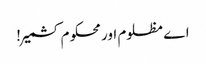
اے مظلوم اور محکوم کشمیر!